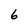
Character: 6